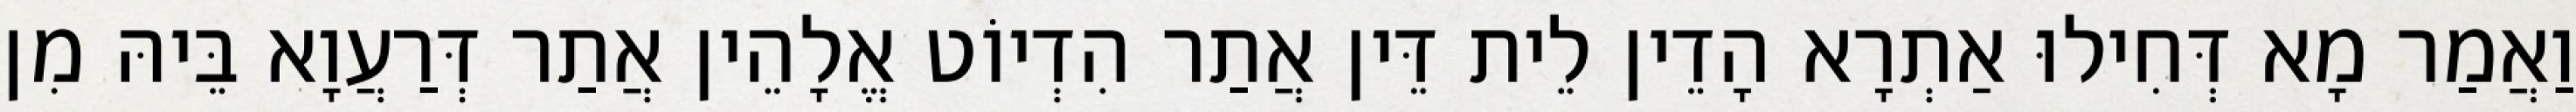
וַאֲמַר מָא דְּחִילוּ אַתְרָא הָדֵין לֵית דֵּין אֲתַר הִדְיוֹט אֱלָהֵין אֲתַר דְּרַעֲוָא בֵּיהּ מִן